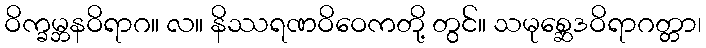
ဝိက္ခမ္ဘနဝိရာဂ။ လ။ နိဿရဏဝိဝေကတို့ တွင်။ သမုစ္ဆေဒဝိရာဂတ္တာ၊